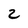
Character: 2